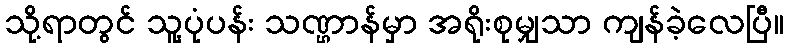
သို့ရာတွင် သူ့ပုံပန်း သဏ္ဌာန်မှာ အရိုးစုမျှသာ ကျန်ခဲ့လေပြီ။